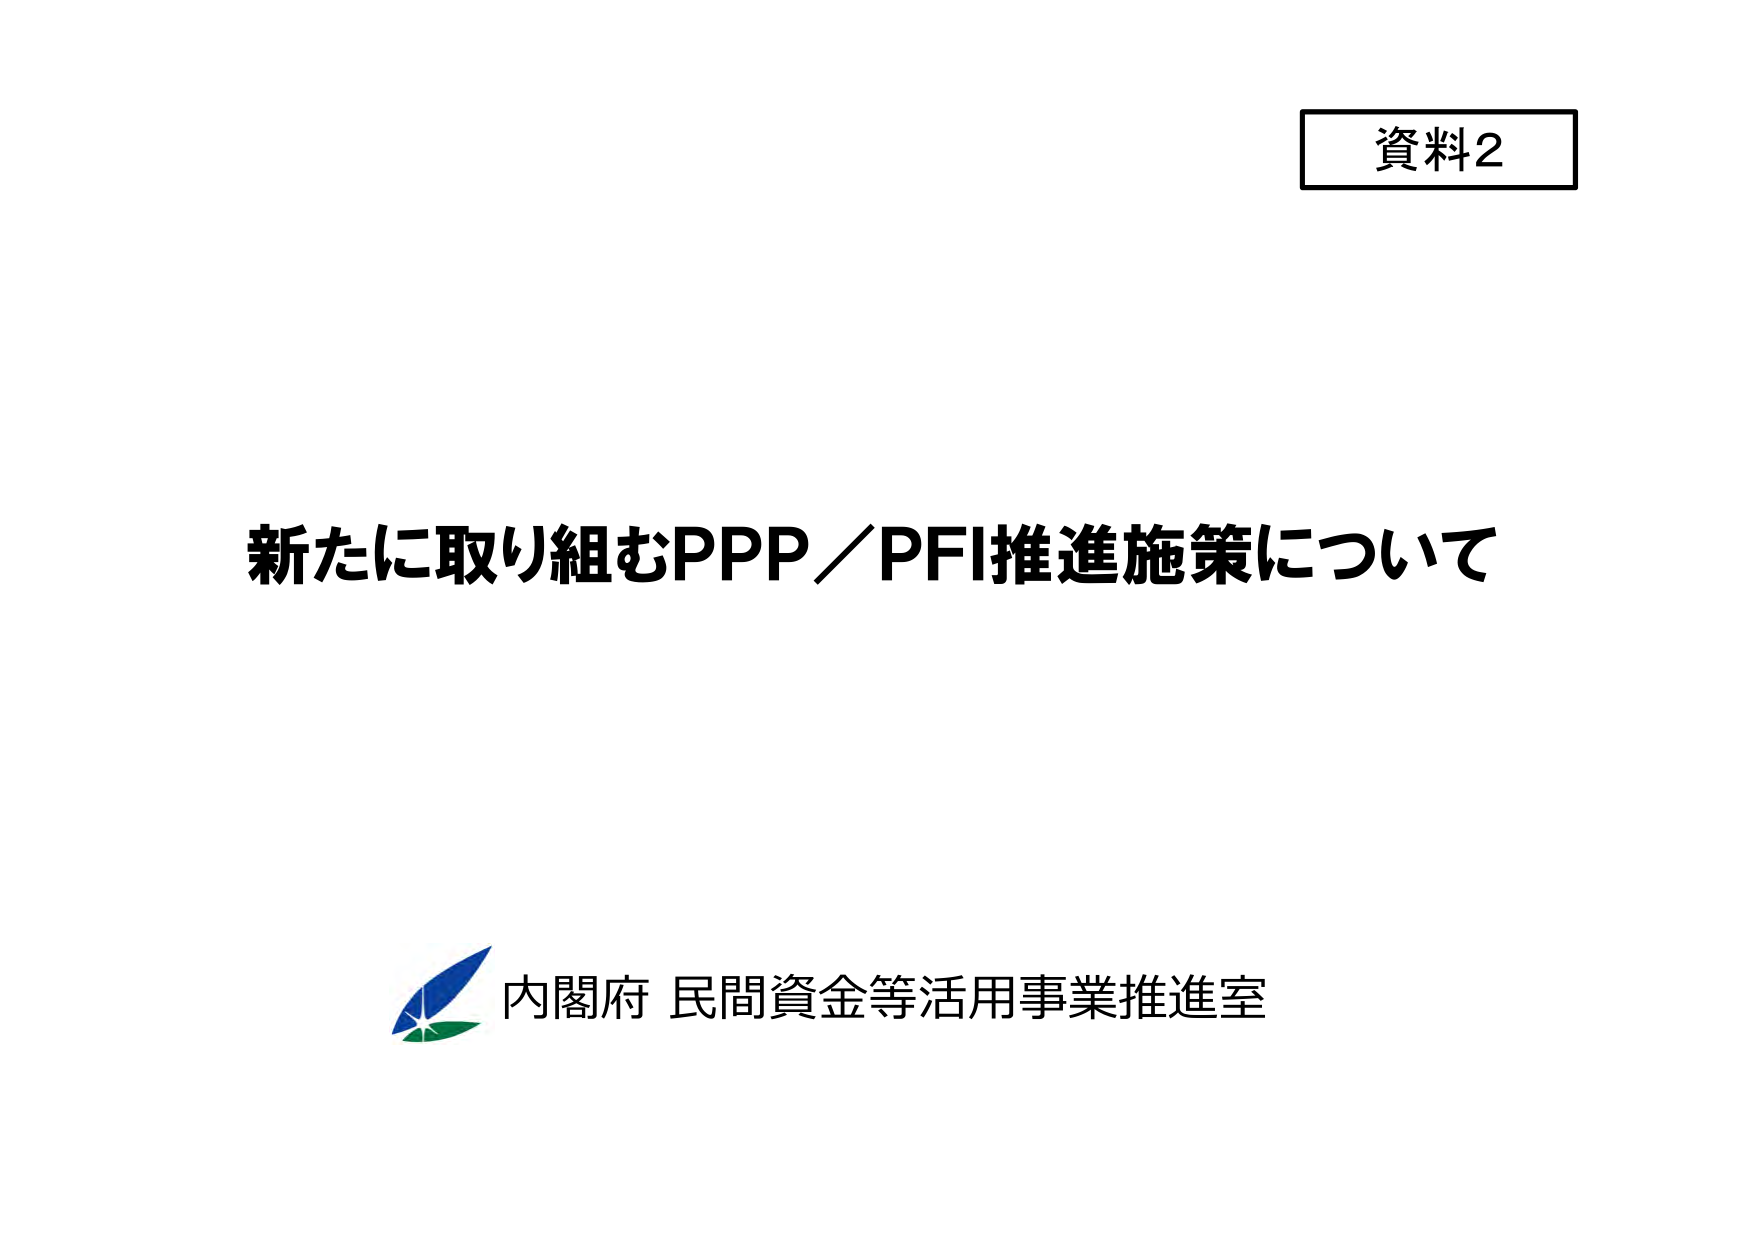
資料2

新たに取り組むPPP／PFI推進施策について

内閣府 民間資金等活用事業推進室